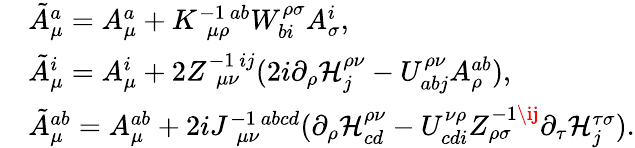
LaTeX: \begin{array}{ll}{{}}&{{\tilde{A}_{\mu}^{a}=A_{\mu}^{a}+K_{~~\mu\rho}^{-1\ ab}W_{bi}^{\rho\sigma}A_{\sigma}^{i},}}\\ {{}}&{{\tilde{A}_{\mu}^{i}=A_{\mu}^{i}+2Z_{~~\mu\nu}^{-1\ ij}(2i\partial_{\rho}{\cal H}_{j}^{\rho\nu}-U_{abj}^{\rho\nu}A_{\rho}^{ab}),}}\\ {{}}&{{\tilde{A}_{\mu}^{ab}=A_{\mu}^{ab}+2iJ_{~~\mu\nu}^{-1\ abcd}(\partial_{\rho}{\cal H}_{cd}^{\rho\nu}-U_{cdi}^{\nu\rho}Z_{\rho\sigma}^{-1\ij}\partial_{\tau}{\cal H}_{j}^{\tau\sigma}).}}\end{array}